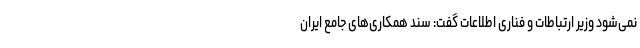
نمی‌شود وزیر ارتباطات و فناری اطلاعات گفت: سند همکاری‌های جامع ایران